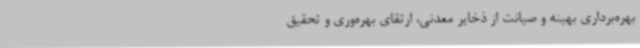
بهره‌برداری بهینه و صیانت از ذخایر معدنی، ارتقای بهره‌وری و تحقیق